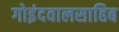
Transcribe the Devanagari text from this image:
गोइंदवालसाहिब